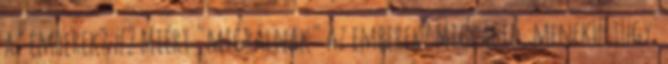
az emberek? #2 Miért "migrálnak" az emberek? Migráció, menekültügy: